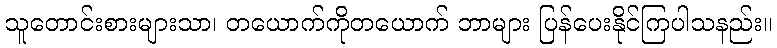
သူတောင်းစားများသာ၊ တယောက်ကိုတယောက် ဘာများ ပြန်ပေးနိုင်ကြပါသနည်း။